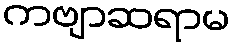
ကဗျာဆရာမ